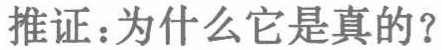
推证：为什么它是真的？